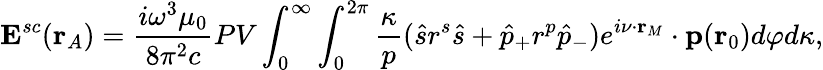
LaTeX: \mathbf{E}^{sc}(\mathbf{r}_{A})=\frac{i{\omega}^{3}{\mu_{0}}}{8{\pi}^{2}c}PV\int_{0}^{\infty}\int_{0}^{2\pi}\frac{\kappa}{p}(\hat{s}r^{s}\hat{s}+\hat{p}_{+}r^{p}\hat{p}_{-})e^{i\mathbf{\nu}\cdot\mathbf{r}_{M}}\cdot\mathbf{p}(\mathbf{r}_{0})d{\varphi}d{\kappa},